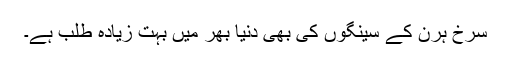
سرخ ہرن کے سینگوں کی بھی دنیا بھر میں بہت زیادہ طلب ہے۔